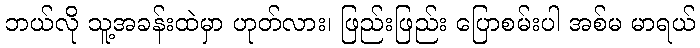
ဘယ်လို သူ့အခန်းထဲမှာ ဟုတ်လား၊ ဖြည်းဖြည်း ပြောစမ်းပါ အစ်မ မာရယ်